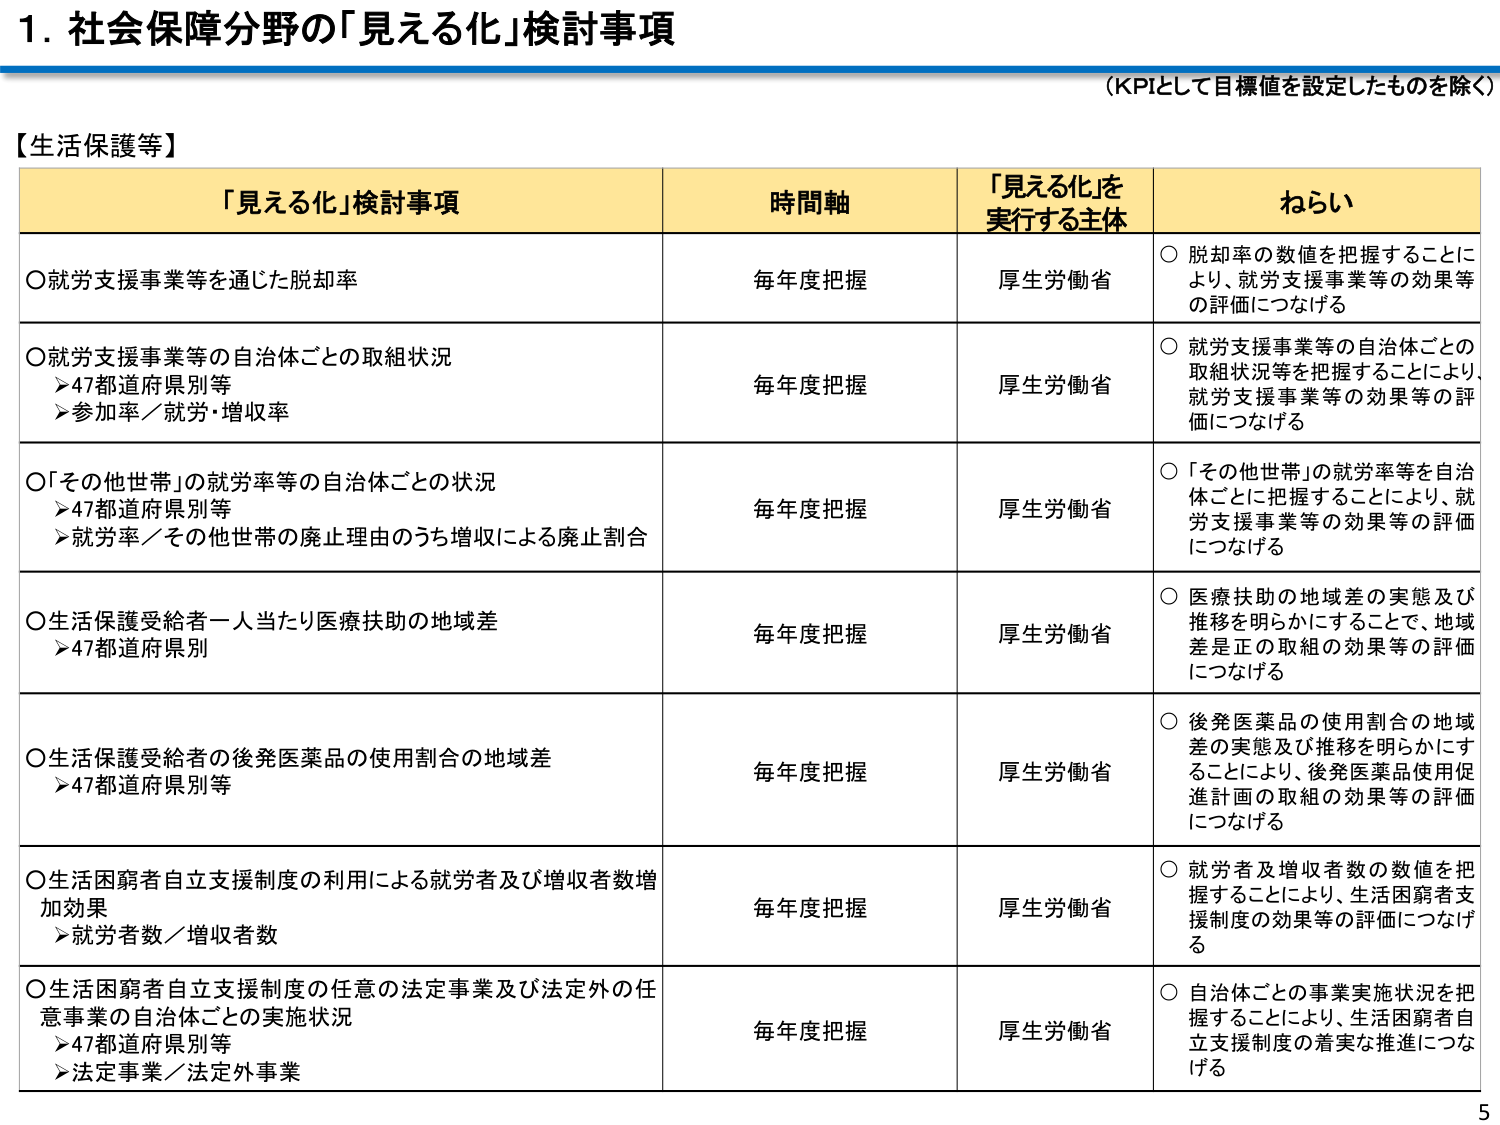
1. 社会保障分野の「見える化」検討事項
（KPIとして目標値を設定したものを除く）

【生活保護等】

「見える化」検討事項　　　　　　　時間軸　　　　　　「見える化」を実行する主体　　　　ねらい

○就労支援事業等を通じた脱却率　　　毎年度把握　　　　厚生労働省　　　　○脱却率の数値を把握することにより、就労支援事業等の効果等の評価につなげる

○就労支援事業等の自治体ごとの取組状況
　＞47都道府県別等
　＞参加率／就労・増収率　　　　　　毎年度把握　　　　厚生労働省　　　　○就労支援事業等の自治体ごとの取組状況等を把握することにより、就労支援事業等の効果等の評価につなげる

○「その他世帯」の就労率等の自治体ごとの状況
　＞47都道府県別等
　＞就労率／その他世帯の廃止理由のうち増収による廃止割合　　毎年度把握　　　　厚生労働省　　　　○「その他世帯」の就労率等を自治体ごとに把握することにより、就労支援事業等の効果等の評価につなげる

○生活保護受給者一人当たり医療扶助の地域差
　＞47都道府県別　　　　　　　　　　毎年度把握　　　　厚生労働省　　　　○医療扶助の地域差の実態及び推移を明らかにすることで、地域差是正の取組の効果等の評価につなげる

○生活保護受給者の後発医薬品の使用割合の地域差
　＞47都道府県別等　　　　　　　　　毎年度把握　　　　厚生労働省　　　　○後発医薬品の使用割合の地域差の実態及び推移を明らかにすることにより、後発医薬品使用促進計画の取組の効果等の評価につなげる

○生活困窮者自立支援制度の利用による就労者及び増収者数増加効果
　＞就労者数／増収者数　　　　　　　毎年度把握　　　　厚生労働省　　　　○就労者及び増収者数の数値を把握することにより、生活困窮者支援制度の効果等の評価につなげる

○生活困窮者自立支援制度の任意の法定事業及び法定外の任意事業の自治体ごとの実施状況
　＞47都道府県別等
　＞法定事業／法定外事業　　　　　　毎年度把握　　　　厚生労働省　　　　○自治体ごとの事業実施状況を把握することにより、生活困窮者自立支援制度の着実な推進につなげる

5